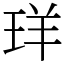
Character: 珜